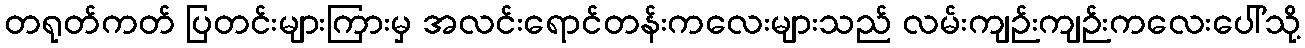
တရုတ်ကတ် ပြတင်းများကြားမှ အလင်းရောင်တန်းကလေးများသည် လမ်းကျဉ်းကျဉ်းကလေးပေါ်သို့